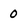
Character: 0